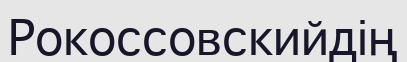
Рокоссовскийдің